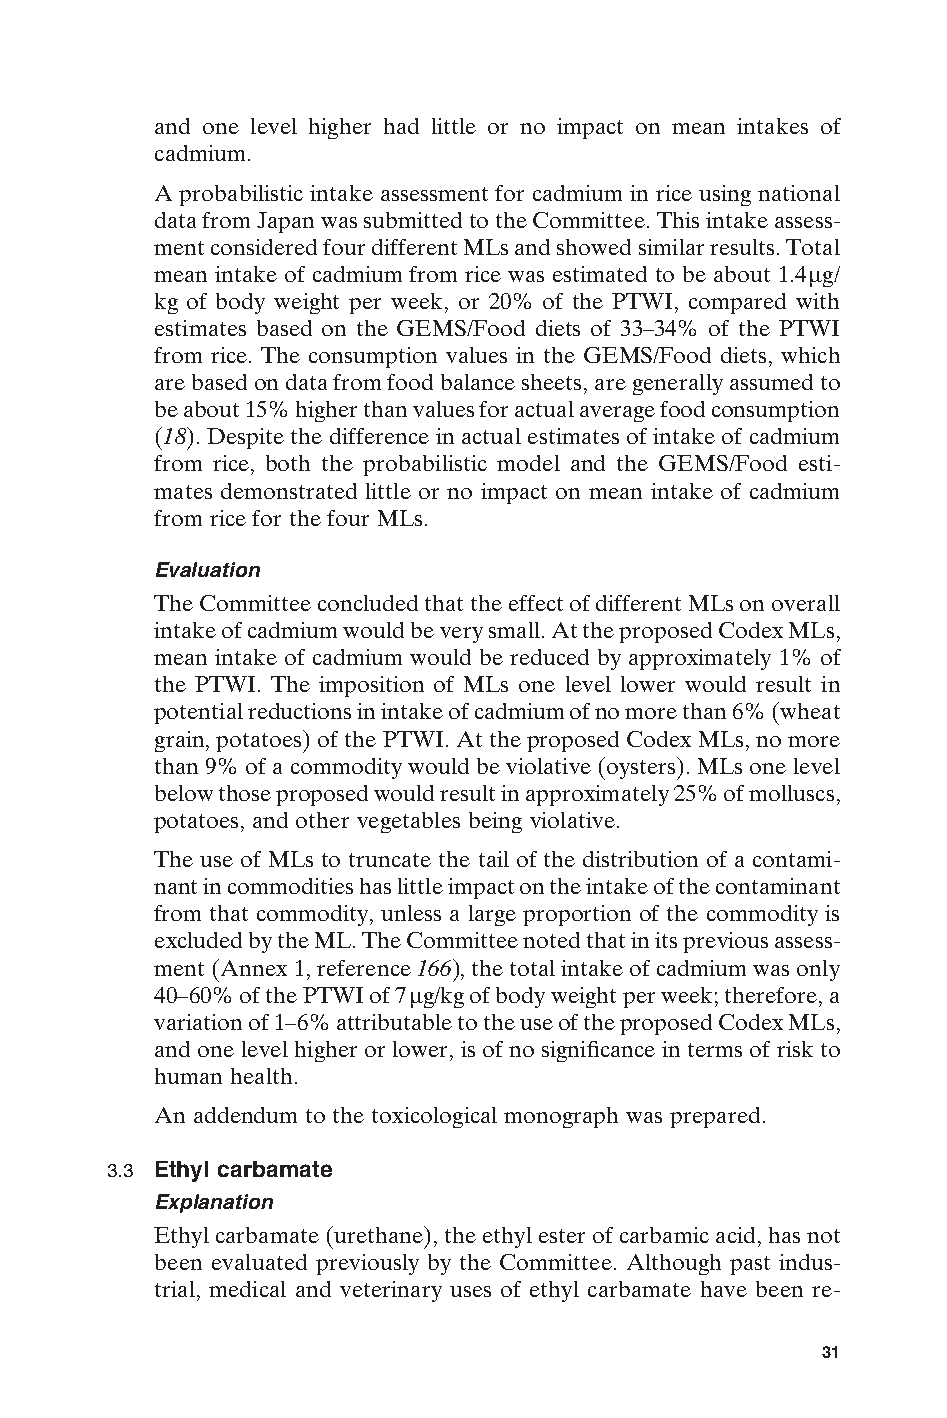
and one level higher had little or no impact on mean intakes of
 cadmium.
 A probabilistic intake assessment for cadmium in rice using national
 data from Japan was submitted to the Committee. This intake assess-
 ment considered four different MLs and showed similar results. Total
 mean intake of cadmium from rice was estimated to be about 1.4mg/
 kg of body weight per week, or 20% of the PTWI, compared with
 estimates based on the GEMS/Food diets of 33–34% of the PTWI
 from rice. The consumption values in the GEMS/Food diets, which
 are based on data from food balance sheets, are generally assumed to
 be about 15% higher than values for actual average food consumption
 (18). Despite the difference in actual estimates of intake of cadmium
 from rice, both the probabilistic model and the GEMS/Food esti-
 mates demonstrated little or no impact on mean intake of cadmium
 from rice for the four MLs.
 Evaluation
 The Committee concluded that the effect of different MLs on overall
 intake of cadmium would be very small. At the proposed Codex MLs,
 mean intake of cadmium would be reduced by approximately 1% of
 the PTWI. The imposition of MLs one level lower would result in
 potential reductions in intake of cadmium of no more than 6% (wheat
 grain, potatoes) of the PTWI. At the proposed Codex MLs, no more
 than 9% of a commodity would be violative (oysters). MLs one level
 below those proposed would result in approximately 25% of molluscs,
 potatoes, and other vegetables being violative.
 The use of MLs to truncate the tail of the distribution of a contami-
 nant in commodities has little impact on the intake of the contaminant
 from that commodity, unless a large proportion of the commodity is
 excluded by the ML. The Committee noted that in its previous assess-
 ment (Annex 1, reference 166), the total intake of cadmium was only
 40–60% of the PTWI of 7mg/kg of body weight per week; therefore, a
 variation of 1–6% attributable to the use of the proposed Codex MLs,
 and one level higher or lower, is of no significance in terms of risk to
 human health.
 An addendum to the toxicological monograph was prepared.
 3.3 Ethyl carbamate
 Explanation
 Ethyl carbamate (urethane), the ethyl ester of carbamic acid, has not
 been evaluated previously by the Committee. Although past indus-
 trial, medical and veterinary uses of ethyl carbamate have been re- E
 31
 Untitled-4       31                    12/20/05, 19:53